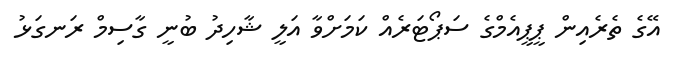
އޭގެ ތެރެއިން ޕީޕީއެމްގެ ސަޕޯޓަރެއް ކަމަށްވާ އަލީ ޝާހިދު ބުނީ ގާސިމް ރަނގަޅު